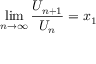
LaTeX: \operatorname* { l i m } _ { n \to \infty } { \frac { U _ { n + 1 } } { U _ { n } } } = x _ { 1 }